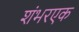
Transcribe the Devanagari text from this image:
शंभरएक